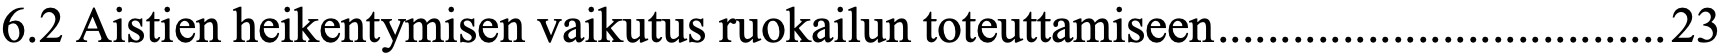
6.2 Aistien heikentymisen vaikutus ruokailun toteuttamiseen .................................... 23